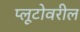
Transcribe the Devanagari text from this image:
प्लूटोवरील